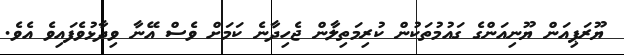
ޔޫރަޕިއަން ޔޫނިއަންގެ ގައުމުތަކުން ކުރިމަތިލާން ޖެހިދާނެ ކަމަށް ވެސް އޭނާ ވިދާޅުވެފައިވެ އެވެ.